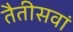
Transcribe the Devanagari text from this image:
तैतीसवां